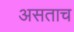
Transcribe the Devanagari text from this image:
असताच